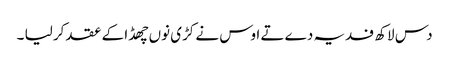
دس لاکھ فدیہ دے تے اوس نے کڑی نوں چھڈا کے عقد کر لیا ۔